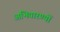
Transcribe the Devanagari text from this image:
अभियारण्यों